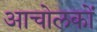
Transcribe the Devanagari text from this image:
आचोलकों